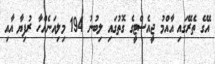
އޭގެ ތެރޭގައި އާއްމު ޖީއެސްޓީގެ ގޮތުގައި ލިބުނު 194 މިލިއަނެއްހާ ރުފިޔާ އާއި